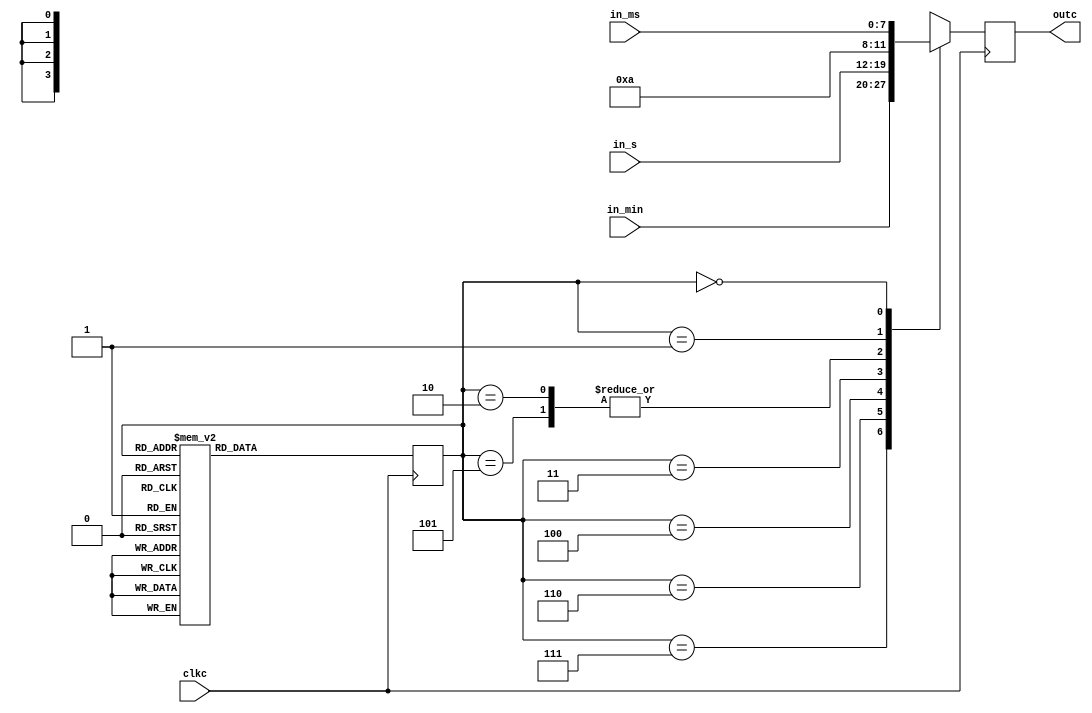
module chooser_time(clkc,in_ms,in_s,in_min,outc);
	input [7:0] in_ms,in_s,in_min;
	input clkc;
	output reg [3:0] outc;
	parameter S0 = 4'd10,S1 = 4'd11,S2 = 4'd12;
	reg [2:0] state;
	always @ (posedge clkc)begin
		case(state)
			4'd0: state <= 1;
			4'd1: state <= 2;
			4'd2: state <= 3;
			4'd3: state <= 4;
			4'd4: state <= 5;
			4'd5: state <= 6;
			4'd6: state <= 7;
			4'd7: state <= 0;
			default:state <= 0;
		endcase
	end
	always @ (posedge clkc)begin
		case(state)
			4'd7: outc = in_min[7:4];
			4'd6: outc = in_min[3:0];
			4'd5: outc = S0;
			4'd4: outc = in_s[7:4];
			4'd3: outc = in_s[3:0];
			4'd2: outc = S0;
			4'd1: outc = in_ms[7:4];
			4'd0: outc = in_ms[3:0];
			default:outc = S2;
		endcase
	end
endmodule